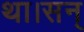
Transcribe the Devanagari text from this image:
था।सन्